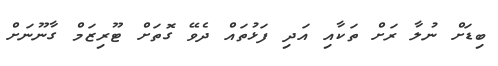
ބިޑަށް ނުލާ ރަށް ތަކާއި އަދި ފަޅުތައް ދެވޭ ގޮތަށް ޓޫރިޒަމް ގާނޫނަށް